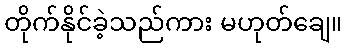
တိုက်နိုင်ခဲ့သည်ကား မဟုတ်ချေ။